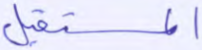
المستقبل